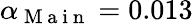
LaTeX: \alpha_{\mathrm{~M~a~i~n~}}=0.013